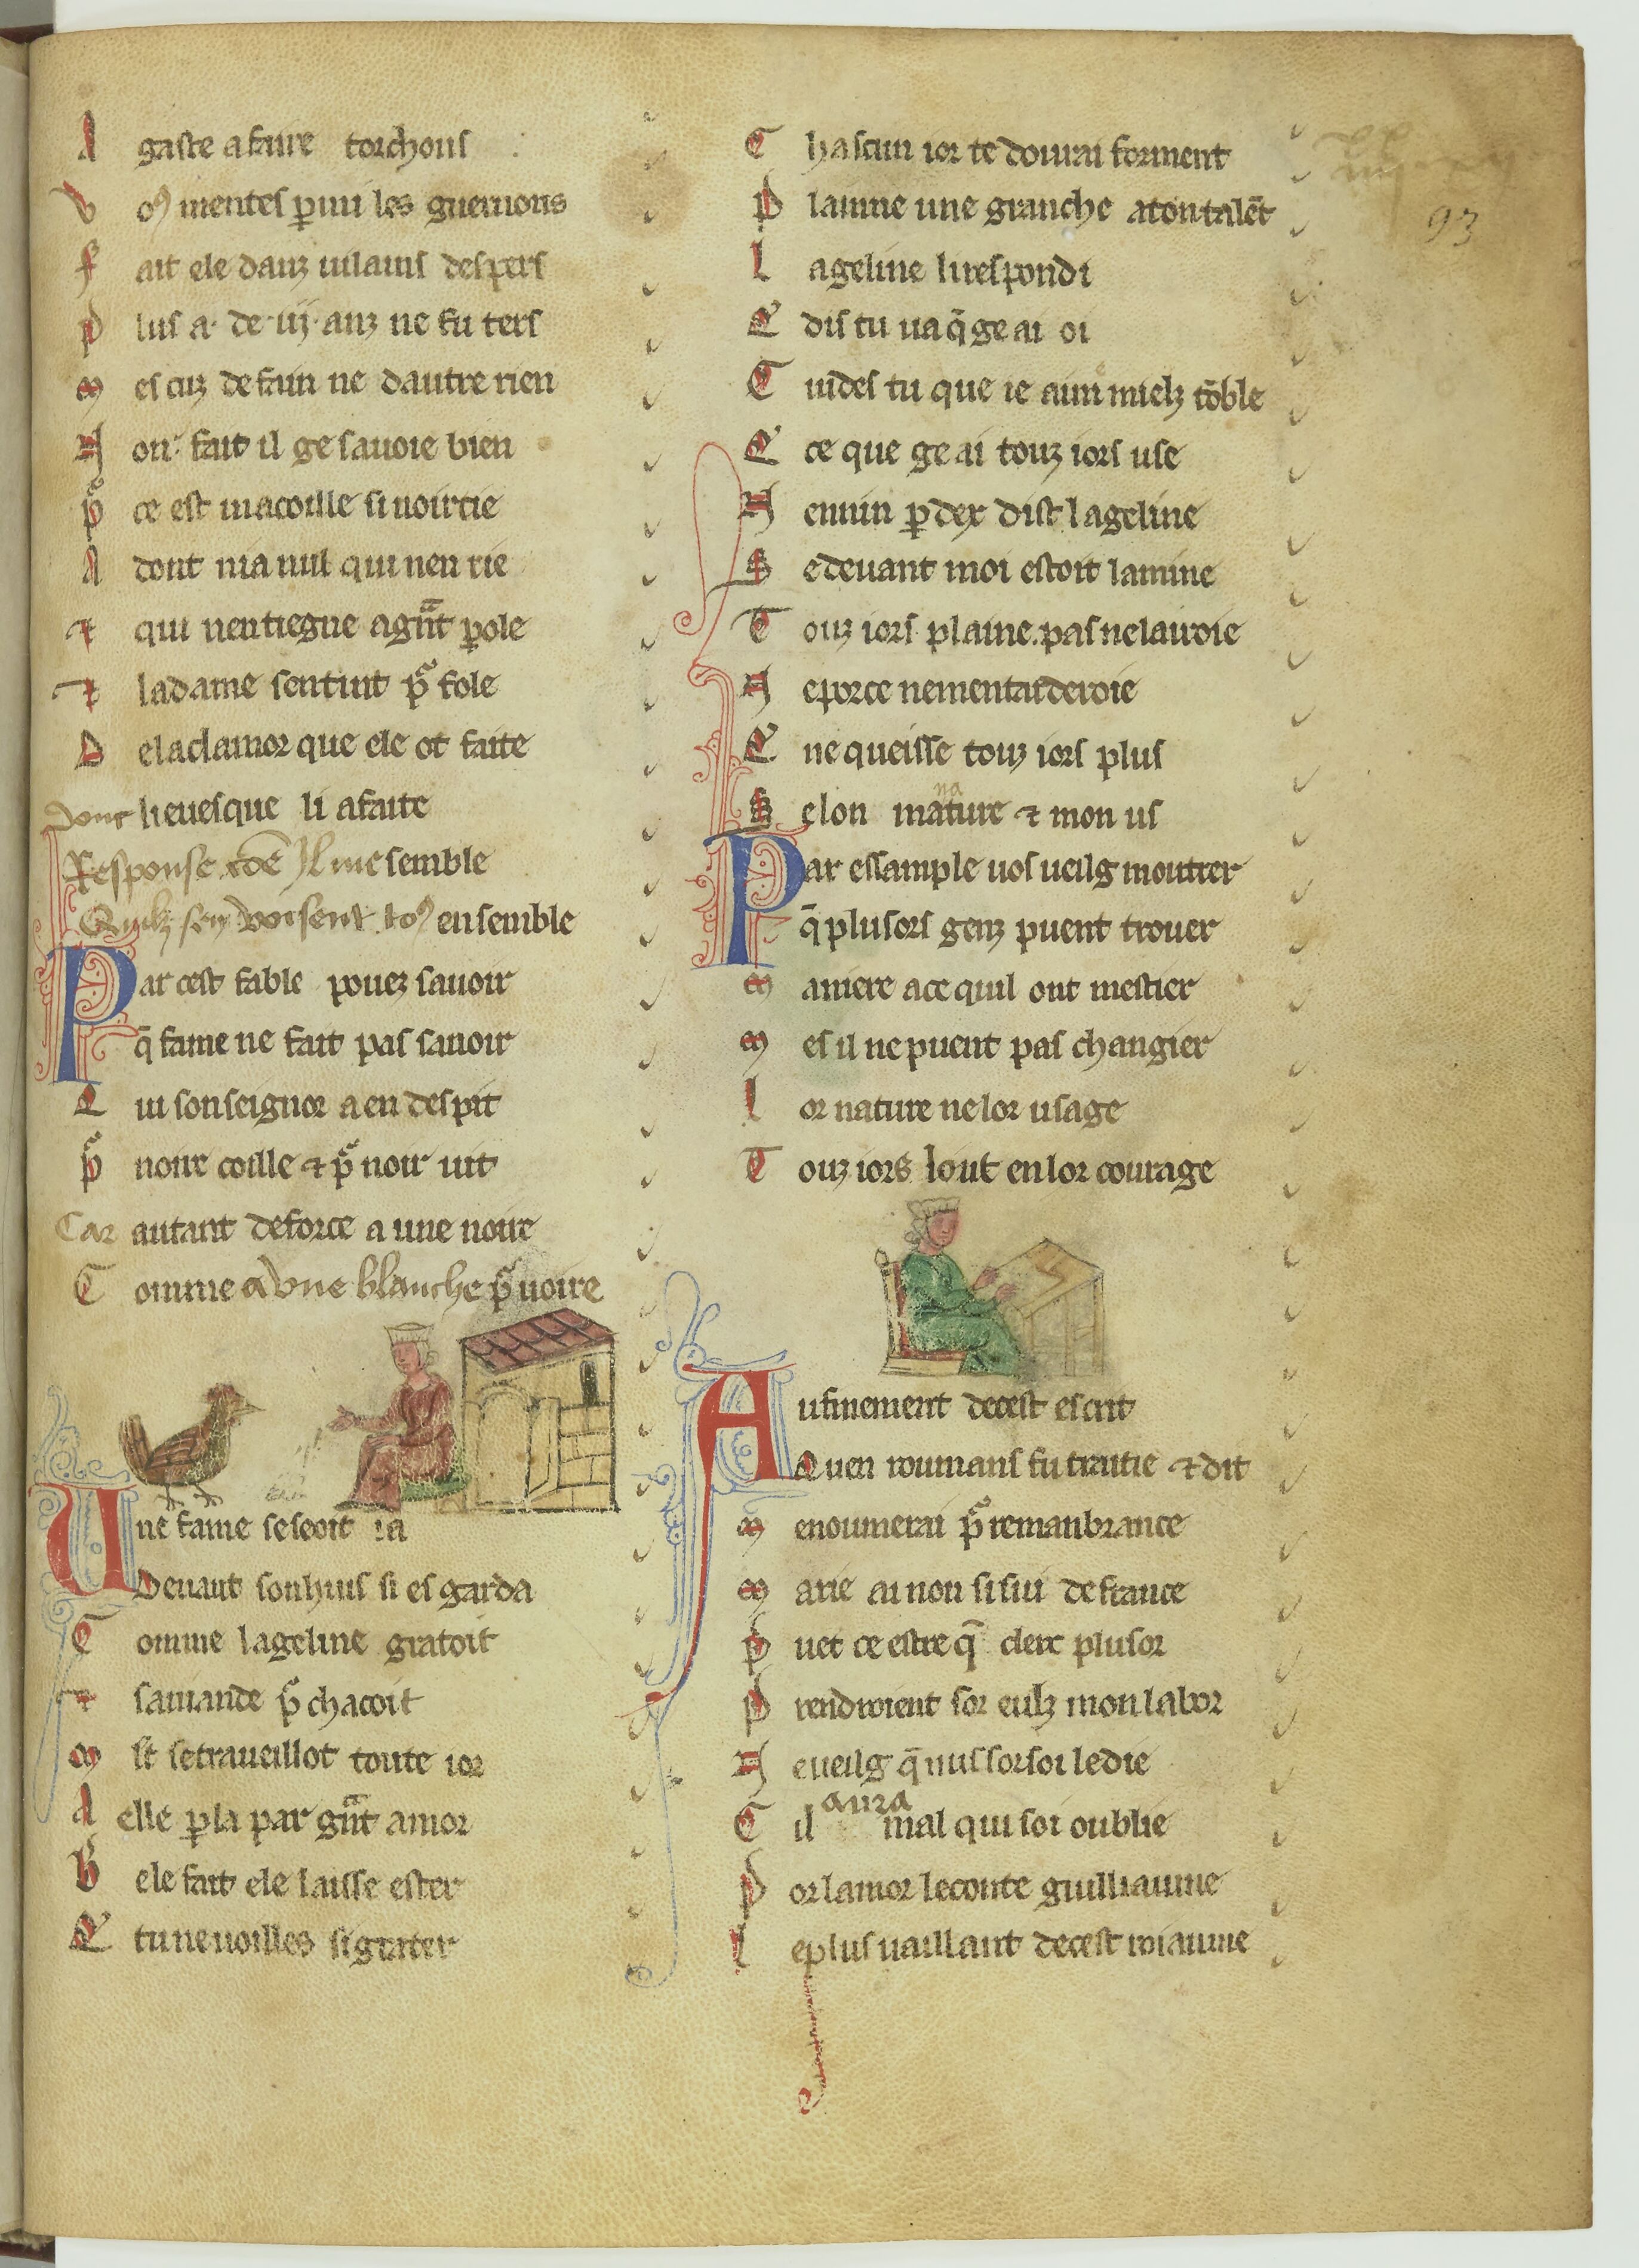
Shelfmark: Paris, BnF, fr. 2173
Century: 13